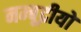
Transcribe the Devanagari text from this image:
नम्बूद्रीयों